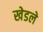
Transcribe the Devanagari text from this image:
खेडले